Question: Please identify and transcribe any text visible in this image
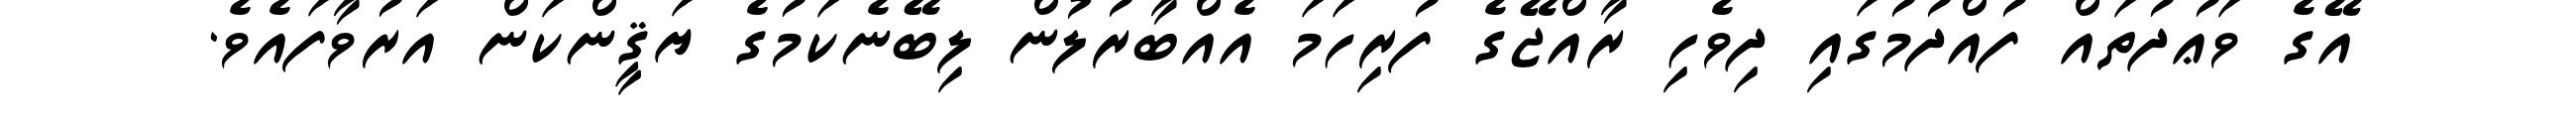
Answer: އޭގެ ވަޢުދުތައް ފުއްދުމުގައި ދިވެހި ރާއްޖޭގެ ފުރިހަމަ އެއްބާރުލުން ލިބޭނެކަމުގެ ޔަޤީންކަން އަރުވާފައެވެ.